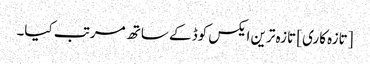
[تازہ کاری] تازہ ترین ایکس کوڈ کے ساتھ مرتب کیا۔